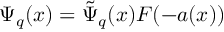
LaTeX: \Psi _ { q } ( x ) = \tilde { \Psi } _ { q } ( x ) F ( - a ( x ) )